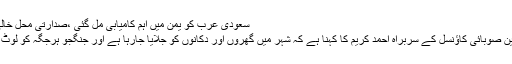
سعودی عرب کو یمن میں اہم کامیابی مل گئی ،صدارتی محل خالی کروا لیا
صلاح الدین صوبائی کاﺅنسل کے سربراہ احمد کریم کا کہنا ہے کہ شہر میں گھروں اور دکانوں کو جلایا جارہا ہے اور جنگجو ہرجگہ کو لوٹ رہے ہیں۔